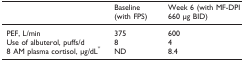
|  | Baseline (with FPS) | Week 6 (with MF-DPI 660 μg BID) |
 | --- | --- | --- |
 | PEF, L/min | 375 | 600 |
 | Use of albuterol, puffs/d | 8 | 4 |
 | 8 AM plasma cortisol, μg/dL* | ND | 8.4 |